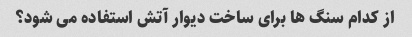
از کدام سنگ ها برای ساخت دیوار آتش استفاده می شود؟